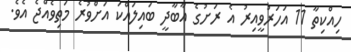
ހިއްކިތާ 11 އަހަރުވީއިރު އެ ރަށުގެ އާބާދީ ބައިލައްކަ އަށްވުރެ މަތިވެއްޖެ އެވެ.